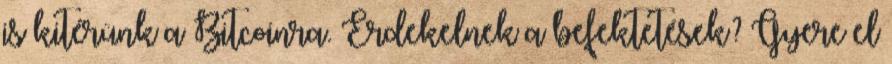
is kitérünk a Bitcoinra. Érdekelnek a befektetések? Gyere el